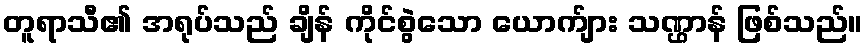
တူရာသီ၏ အရုပ်သည် ချိန် ကိုင်စွဲသော ယောက်ျား သဏ္ဌာန် ဖြစ်သည်။